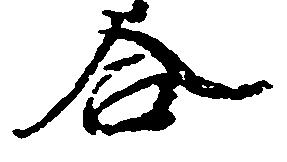
合